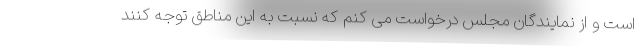
است و از نمایندگان مجلس درخواست می کنم که نسبت به این مناطق توجه کنند